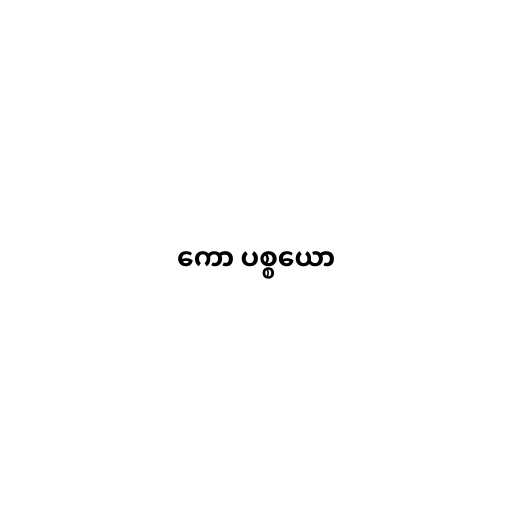
ကော ပစ္စယော